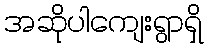
အဆိုပါကျေးရွာရှိ